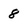
Character: 8